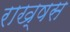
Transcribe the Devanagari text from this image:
राख्षस